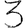
Digit: 3